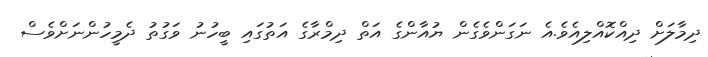
ދިމާލަށް ދިއްކޮއްލިއެވެ.އެ ނަގަންވެގެން ޔުއާންގެ އަތް ދިމްރާގެ އަތުގައި ބީހުނު ވަގުތު ދެމީހުންނަށްވެސް